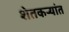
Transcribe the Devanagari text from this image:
शेतकऱ्यांत